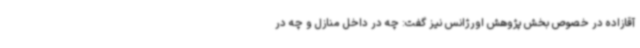
آقازاده در خصوص بخش پژوهش اورژانس نیز گفت: چه در داخل منازل و چه در